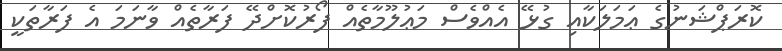
ކޮރަޕްޝަނުގެ ޢަމަލަކާއި ގުޅޭ އެއްވެސް މަޢުލޫމާތެއް ފޯރުކޮށްދޭ ފަރާތެއް ވާނަމަ އެ ފަރާތަކީ